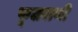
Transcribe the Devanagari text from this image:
फूलराणी